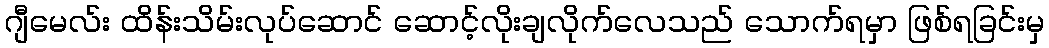
ဂျီမေလ်း ထိန်းသိမ်းလုပ်ဆောင် ဆောင့်လိုးချလိုက်လေသည် သောက်ရမှာ ဖြစ်ရခြင်းမှ